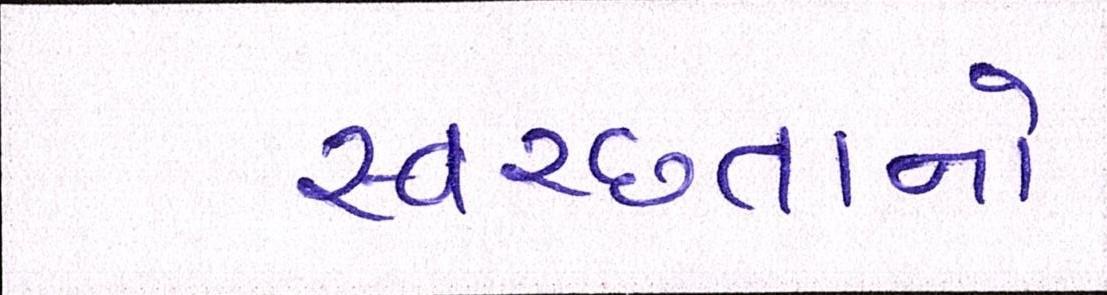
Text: સ્વચ્છતાનો